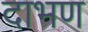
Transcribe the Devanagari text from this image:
दाभण